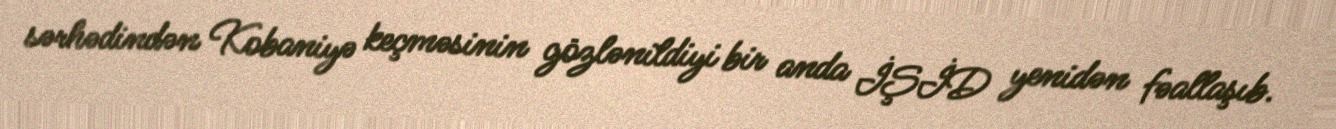
sərhədindən Kobaniyə keçməsinin gözlənildiyi bir anda İŞİD yenidən fəallaşıb.